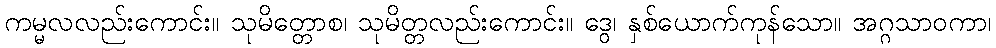
ကမ္မလလည်းကောင်း။ သုမိတ္တောစ၊ သုမိတ္တလည်းကောင်း။ ဒွေ၊ နှစ်ယောက်ကုန်သော။ အဂ္ဂသာဝကာ၊